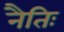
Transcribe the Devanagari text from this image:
नैतिः